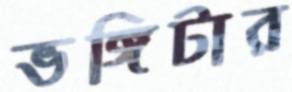
ভঙ্গিটার